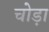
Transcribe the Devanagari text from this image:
चोड़ा